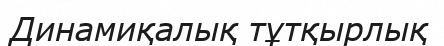
Динамиқалық тұтқырлық